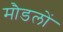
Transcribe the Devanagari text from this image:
मौडलों